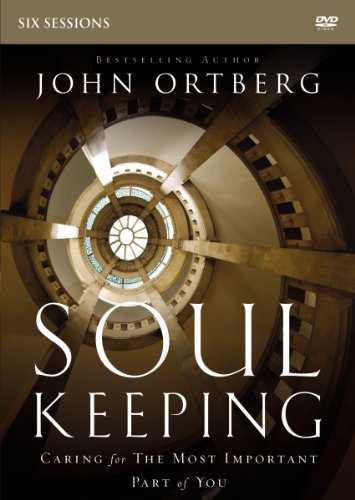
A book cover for Soul Keeping: A DVD Study: Caring for the Most Important Part of You; John Ortberg; Christian Books & Bibles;